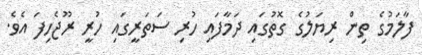
ފާލަމުގެ ތިން ރިޔަލުގެ ގޮތުގައި ދަމާފައި ހުރި ސަތަރީގައި ހުރީ ރޫޖެހިފަ އެވެ.